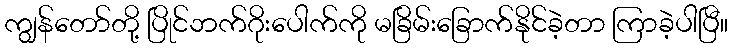
ကျွန်တော်တို့ ပြိုင်ဘက်ဂိုးပေါက်ကို မခြိမ်းခြောက်နိုင်ခဲ့တာ ကြာခဲ့ပါပြီ။